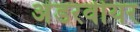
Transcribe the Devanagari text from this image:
अंडरवीयर